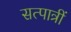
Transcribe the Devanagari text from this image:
सत्पात्रीं